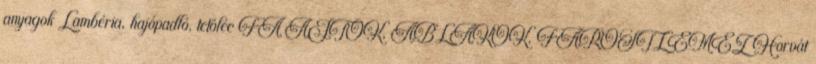
anyagok Lambéria, hajópadló, tetõléc FA AJTÓK, ABLAKOK, FAROSTLEMEZ Horvát